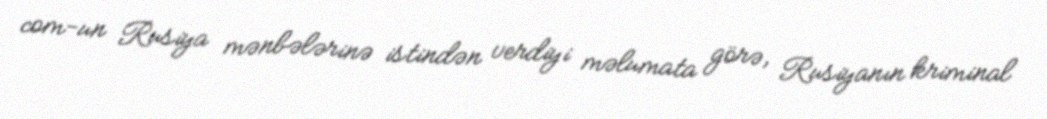
com-un Rusiya mənbələrinə istindən verdiyi məlumata görə, Rusiyanın kriminal